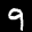
Label: 9